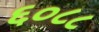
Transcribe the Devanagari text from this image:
६०८८